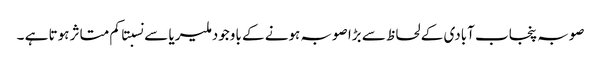
صوبہ پنجاب آبادی کے لحاظ سے بڑا صوبہ ہونے کے باوجود ملیریا سے نسبتا کم متاثر ہوتا ہے ۔